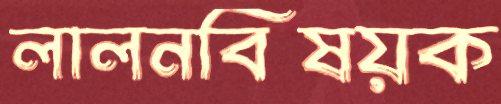
লালনবিষয়ক